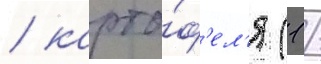
/ карто́ф'ел'я (1 /